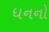
ધનનો